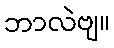
ဘာလဲဗျ။